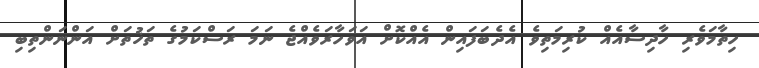
ހިތާމަވެރި ހާދިސާއެއް ކުރިމަތިވެ އެދެބަފައިން އެއްކޮށް އަވަހާރަވެއްޖެ ނަމަ ރަސްކަމުގެ ތަޚުތަށް އަންނަންތިބި